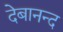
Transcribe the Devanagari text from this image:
देबानन्द